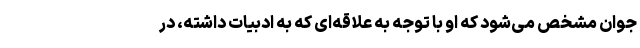
جوان مشخص می‌شود که او با توجه به علاقه‌ای که به ادبیات داشته، در